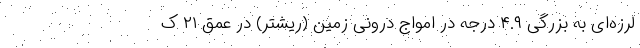
لرزه‌ای به بزرگی ۴.۹ درجه در امواج درونی زمین (ریشتر) در عمق ۲۱ ک